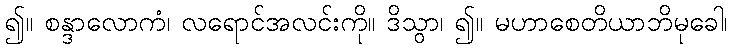
၍။ စန္ဒာလောကံ၊ လရောင်အလင်းကို။ ဒိသွာ၊ ၍။ မဟာစေတိယာဘိမုခေါ၊